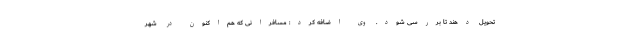
تحویل دهند تا بررسی شود. وی اضافه کرد: مسافرانی که هم‌اکنون در شهر